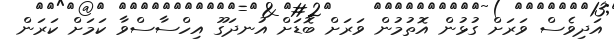
އަދިވެސް ވަރަށް ގުޅުން އޮތުމުން ވަރަށް ބޮޑަށް އުނދަގޫ އިހްސާސްވާ ކަމަށް ކަރަން